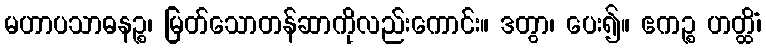
မဟာပသာဓနဉ္စ၊ မြတ်သောတန်ဆာကိုလည်းကောင်း။ ဒတွာ၊ ပေး၍။ ဧကဉ္စ ဟတ္ထိံ၊